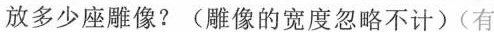
放多少座雕像?(雕像的宽度忽略不计)(有